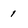
Character: 1